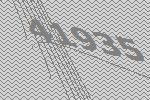
41935